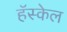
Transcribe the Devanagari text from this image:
हॅस्केल